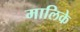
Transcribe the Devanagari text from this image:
मालिके